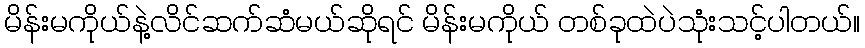
မိန်းမကိုယ်နဲ့လိင်ဆက်ဆံမယ်ဆိုရင် မိန်းမကိုယ် တစ်ခုထဲပဲသုံးသင့်ပါတယ်။